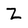
Character: Z